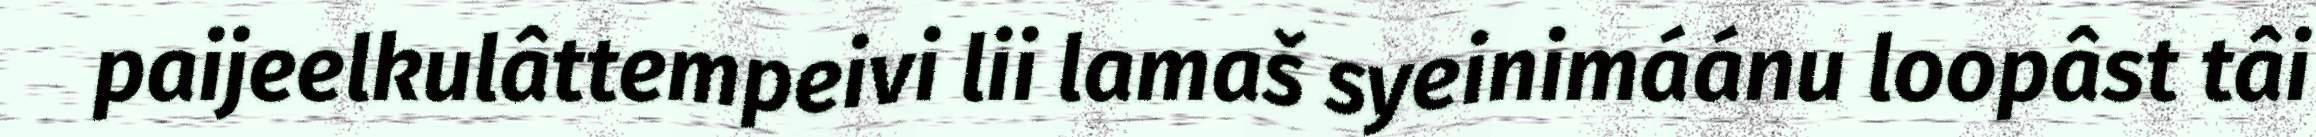
paijeelkulâttempeivi lii lamaš syeinimáánu loopâst tâi